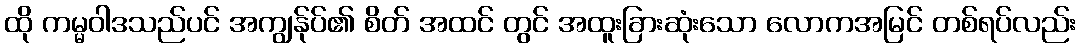
ထို ကမ္မဝါဒသည်ပင် အကျွန်ုပ်၏ စိတ် အထင် တွင် အထူးခြားဆုံးသော လောကအမြင် တစ်ရပ်လည်း